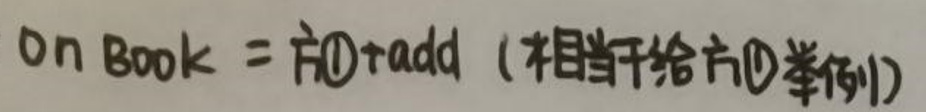
On Book = 方$\textcircled{1}$+add（相当于给方$\textcircled{1}$举例）